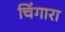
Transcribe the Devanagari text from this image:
चिंगारा